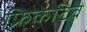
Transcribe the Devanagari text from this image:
फ्रिकेटिव